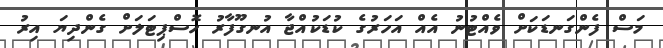
މަސް ފެންގަނޑަކަށް ވެއްޓުނު އެއް އަހަރުގެ ކުޑަކުއްޖާ އުނގޫފާރު ހޮސްޕިޓަލަށް ގެންދިޔަ އިރު